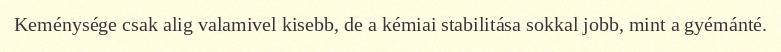
Keménysége csak alig valamivel kisebb, de a kémiai stabilitása sokkal jobb, mint a gyémánté.